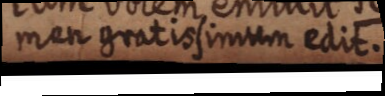
men gratis simum edit.